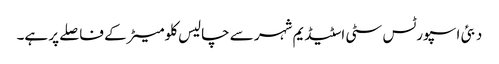
دبئی اسپورٹس سٹی اسٹیڈیم شہر سے چالیس کلومیٹر کے فاصلے پر ہے۔